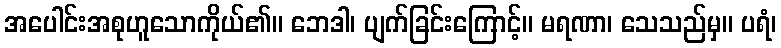
အပေါင်းအစုဟူသောကိုယ်၏။ ဘေဒါ၊ ပျက်ခြင်းကြောင့်။ မရဏာ၊ သေသည်မှ။ ပရံ၊